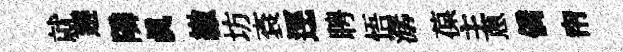
就邂隣眞繳坊袞逕聘悟潺葆主蔥僑帘